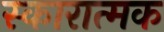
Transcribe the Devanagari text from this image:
स्कारात्मक